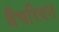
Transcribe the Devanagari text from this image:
सैंचरियन